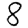
Digit: 8